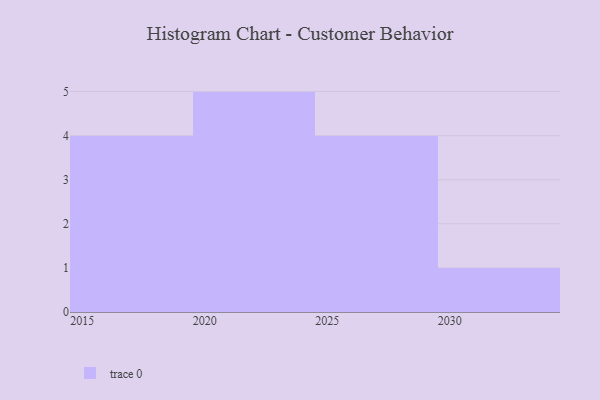
{"axis": {"x": "Year", "y": "Website Visitors"}, "legend": [""], "data": [{"x": "2021", "y": 31, "type": ""}, {"x": "2023", "y": 30, "type": ""}, {"x": "2024", "y": 93, "type": ""}, {"x": "2018", "y": 96, "type": ""}, {"x": "2022", "y": 99, "type": ""}, {"x": "2020", "y": 15, "type": ""}, {"x": "2028", "y": 30, "type": ""}, {"x": "2026", "y": 68, "type": ""}, {"x": "2017", "y": 25, "type": ""}, {"x": "2015", "y": 55, "type": ""}, {"x": "2025", "y": 16, "type": ""}, {"x": "2027", "y": 97, "type": ""}, {"x": "2016", "y": 72, "type": ""}, {"x": "2030", "y": 97, "type": ""}]}